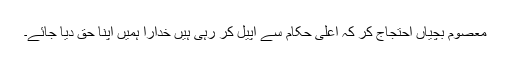
معصوم بچیاں احتجاج کر کہ اعلیٰ حکام سے اپیل کر رہی ہیں خدارا ہمیں اپنا حق دیا جائے۔